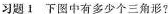
习题Ⅰ下图中有多少个三角形？